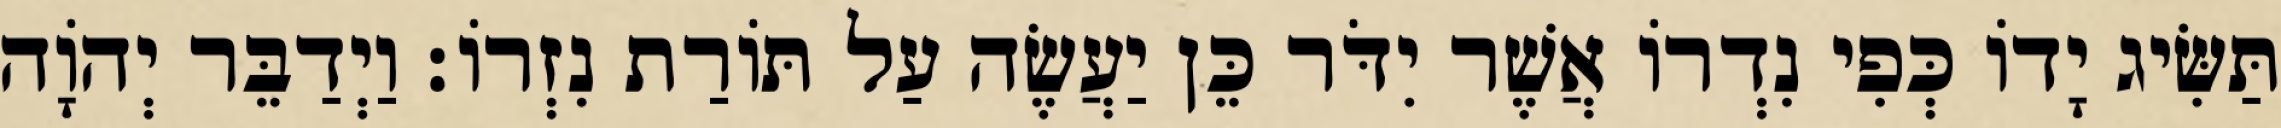
תַּשִּׂיג יָדוֹ כְּפִי נִדְרוֹ אֲשֶׁר יִדֹּר כֵּן יַעֲשֶׂה עַל תּוֹרַת נִזְרוֹ׃ וַיְדַבֵּר יְהוָֹה